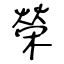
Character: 榮